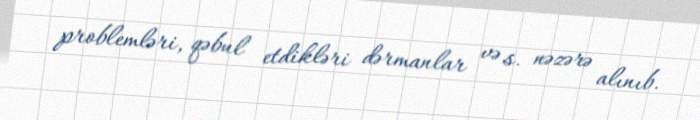
problemləri, qəbul etdikləri dərmanlar və s. nəzərə alınıb.